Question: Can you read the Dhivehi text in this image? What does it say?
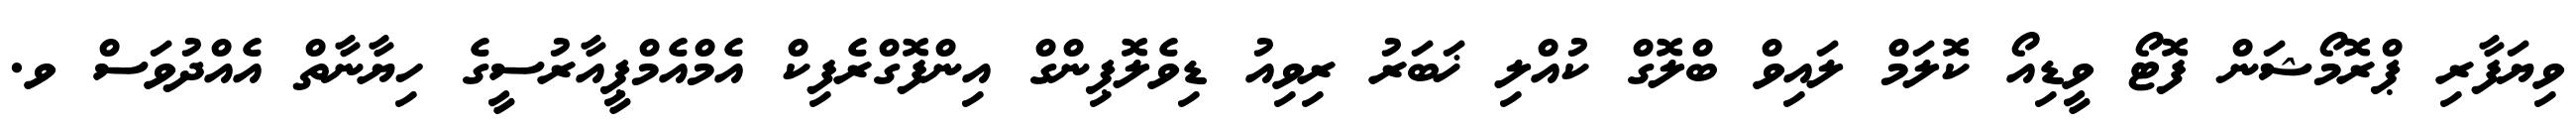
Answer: ވިޔަފާރި ޕްރޮމޯޝަން ފޮޓޯ ވީޑިއޯ ކޮލަމް ލައިވް ބްލޮގް ކުއްލި ޚަބަރު ރިވިއު ޑިވެލޮޕިންގް އިންފޮގްރެފިކް އެމްއެމްޕީއާރުސީގެ ހިޔާނާތް އެއްދުވަސް ވ.